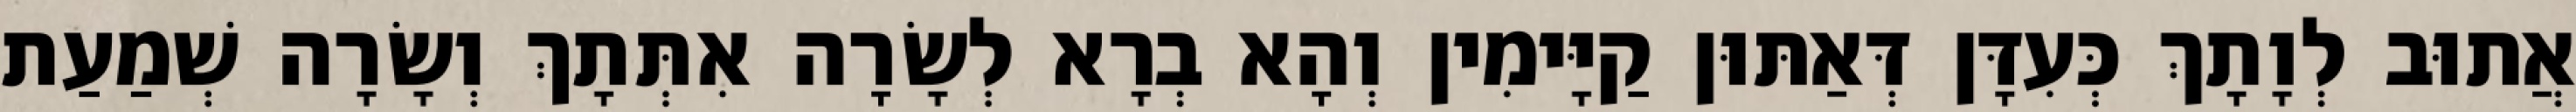
אֲתוּב לְוָתָךְ כְּעִדָּן דְּאַתּוּן קַיָּימִין וְהָא בְרָא לְשָׂרָה אִתְּתָךְ וְשָׂרָה שְׁמַעַת